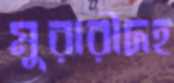
মুরারীদহ